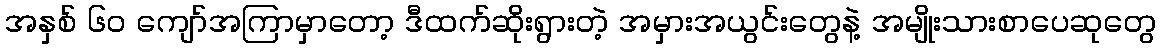
အနှစ် ၆၀ ကျော်အကြာမှာတော့ ဒီထက်ဆိုးရွားတဲ့ အမှားအယွင်းတွေနဲ့ အမျိုးသားစာပေဆုတွေ